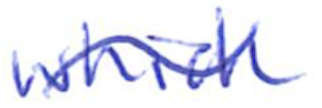
Text: which
Cross-out: wave
Writing tool: ballpoint